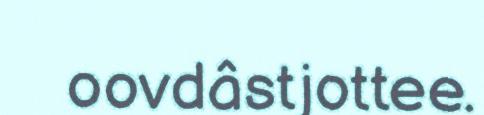
oovdâstjottee.